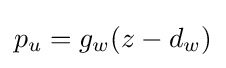
p_{u}=g_{w}(z-d_{w})